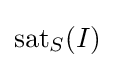
\operatorname {sat} _{S}(I)